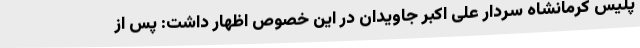
پلیس کرمانشاه سردار علی اکبر جاویدان در این خصوص اظهار داشت: پس از